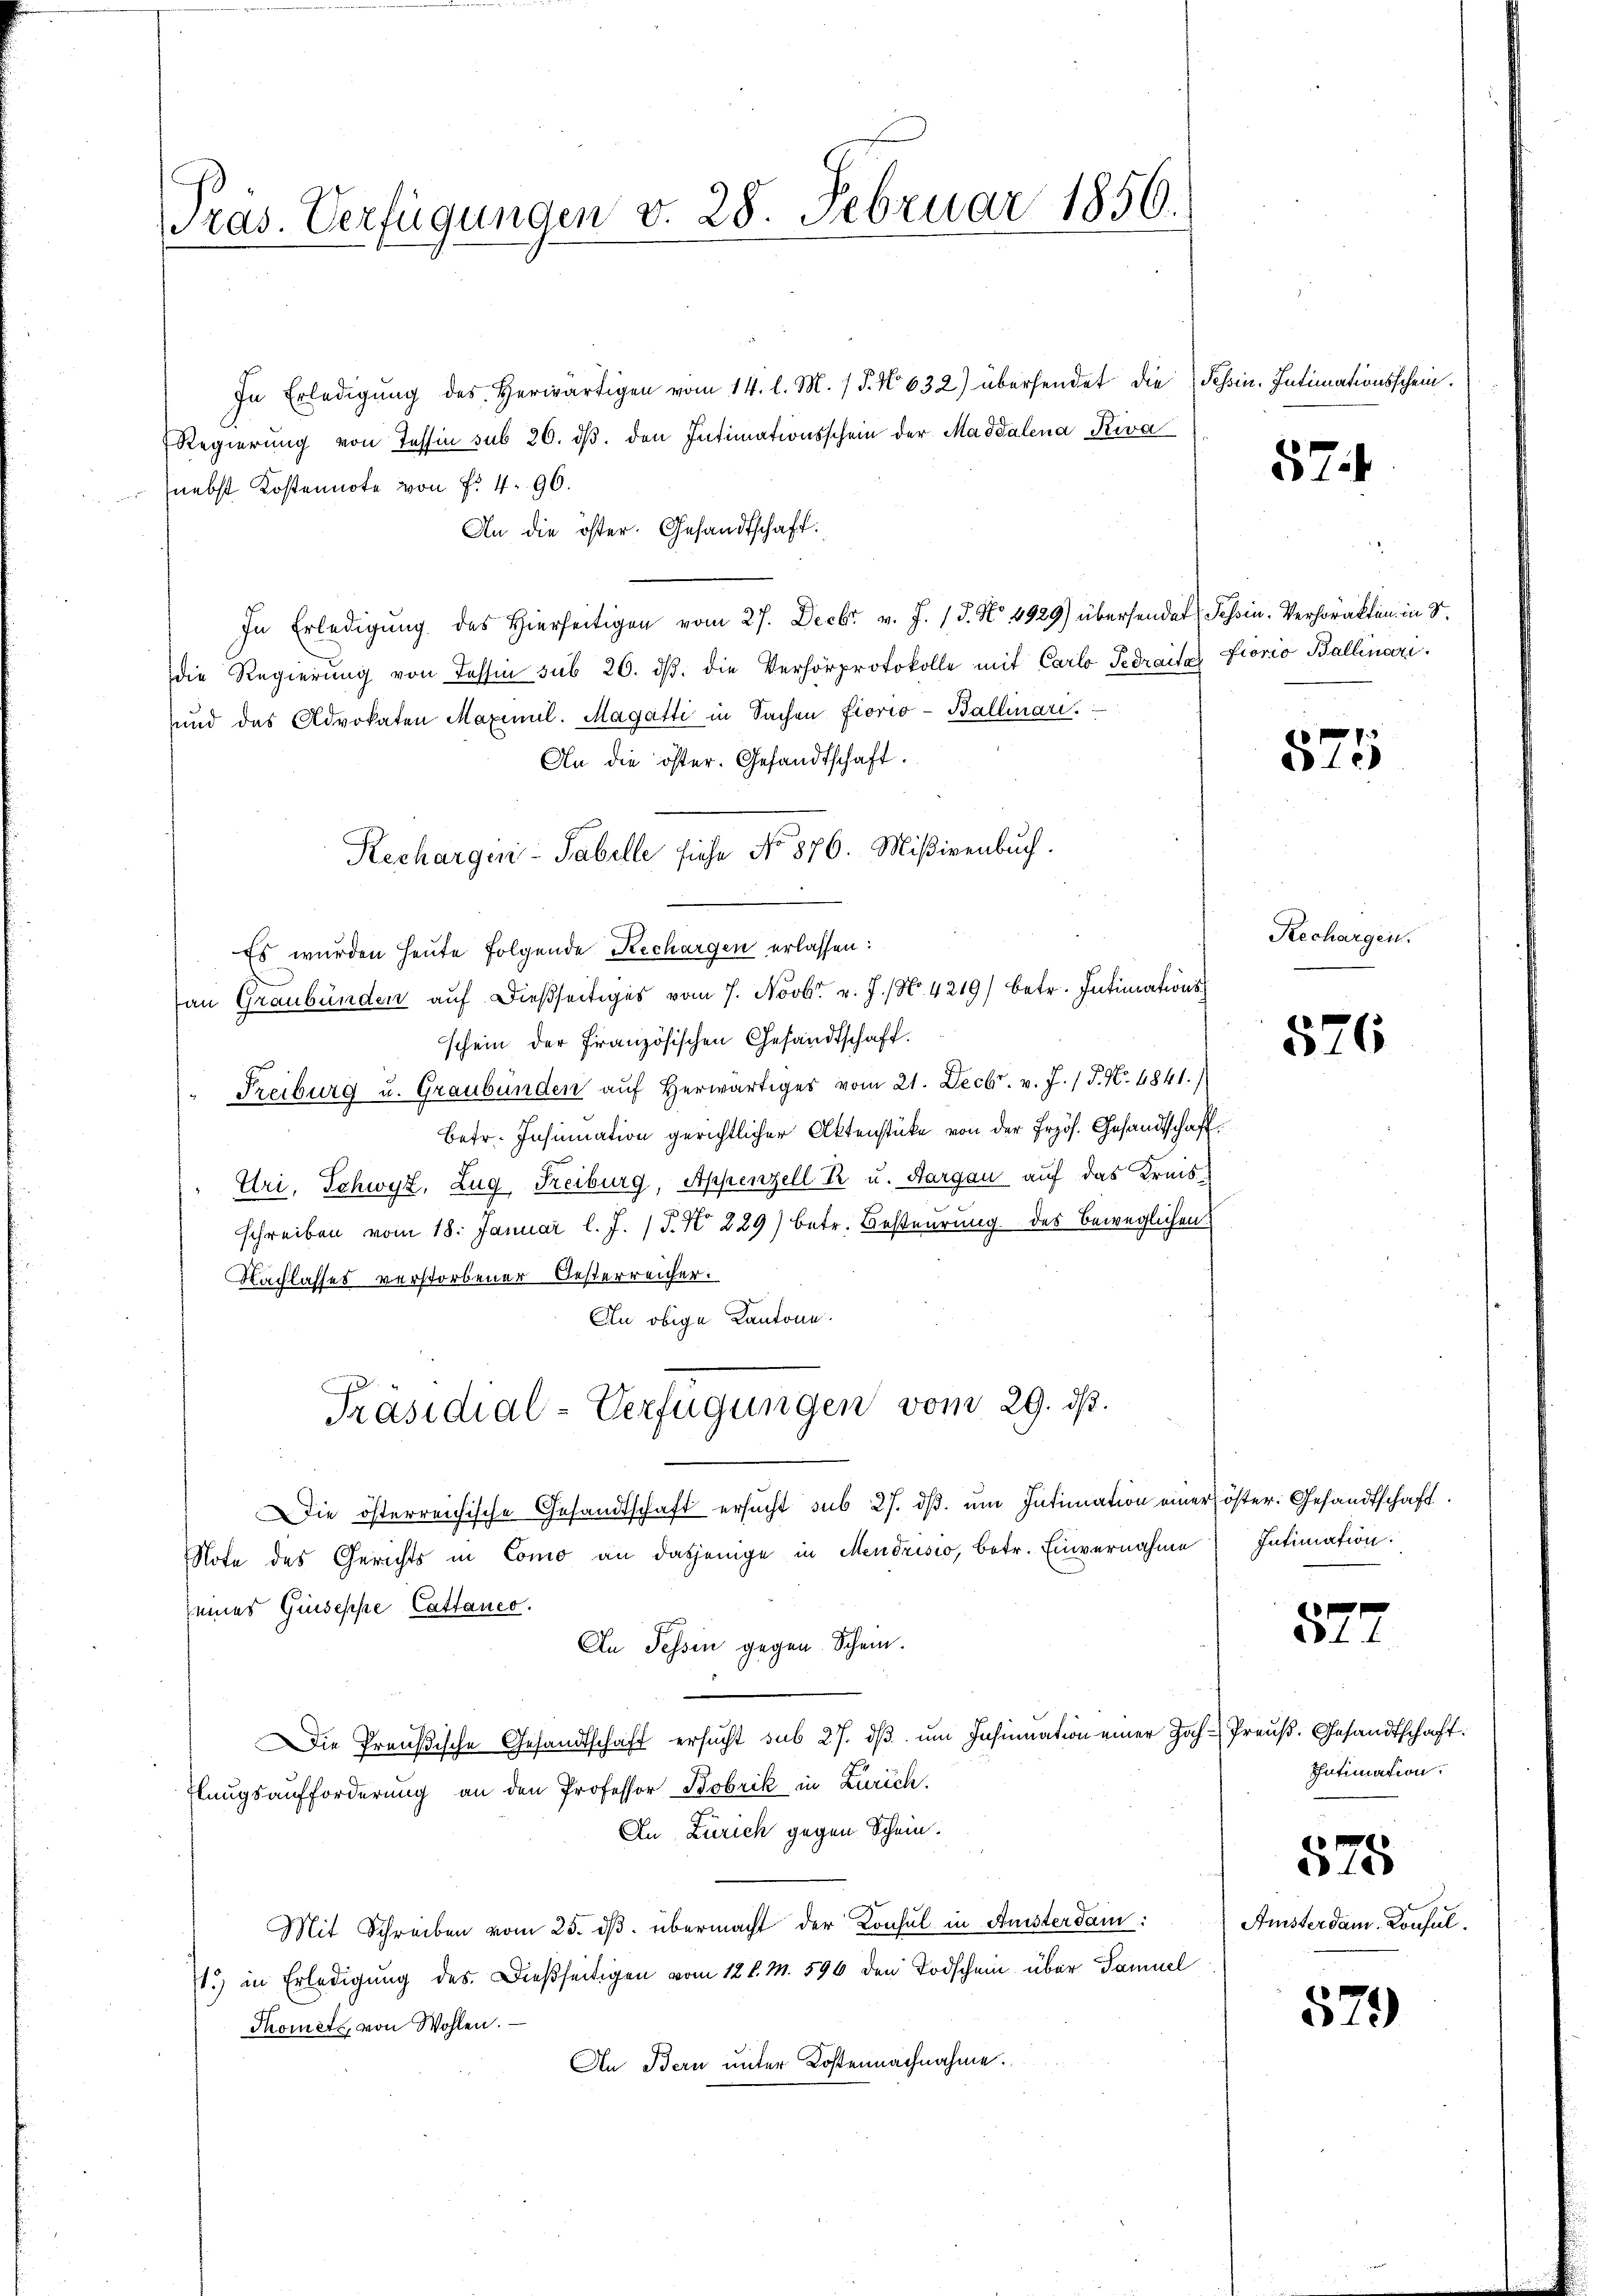
ras. Verfügungen v. 28. Februar 1856.

In Erledigŭng des herwärtigen vom 14. l. M. / 5. No 632) übersendet die Schin. Intimationsschein.
Regierung von Tessin sub 26. dβ. den Intimationsschein der Maddalena Riva
nebst Kostennote von Fr. 4. 96.
An die öster. Gesandtschaft.
In Erledigung des Hierseitigen vom 27. Decbr v. J. 18. No 4929) übersendet Tessin. Verhörakten in S.
die Regierung von Tessin sub 26. dβ. die Verhörprotokolle mit Carlo Tedraita Fiorio Ballinari
und das Advokaten Maximil. Magatti in Sachen Fiorio-Ballinari.
An die öster. Gesandtschaft.
Kechargen-Tabelle siehe No 876. Mißivenbuch.
Es wurden heute folgende Rechargen erlassen:
fan Graubünden auf dießseitiges vom 7. Novbr. v. J. N. 4219) betr. Intimations
schein der Französischen Gesandtschaft.
 Freiburg u. Graubünden auf herwärtiges vom 21. Decbr. v. J. / P. Nr. 4841.)
Betr. Insinuation gerichtlicher Aktenstücke von der Erzös. Gesandtschaft
Uri, Schwyz, Zug, Freiburg, Appenzell P. u. Aargau auf das Kreisschreiben vom 18. Januar l. J. (T. N 229) betr. Besteurung des beweglichen
Nachlasses verstorbener Oesterreicher.
An obige Kantone.
Präsidial-Verfügungen vom 29. ds.
Die österreichische Gesandtschaft ersucht sub 27. dβ. um Intimation eineröster. Gesandtschaft
Note des Gerichts in Como an dasjenige in Mendrisio, betr. Einvernahme Intimation.
seines Guseppe Cattanco.
An Tessin gegen Schein.
Die Preußische Gesandtschaft ersucht sub 27. dβ um Insinuation einer Hoch-Preuß. Gesandtschaft.
Feugsaufforderung an den Professor Bobrik in Zürich,
An Zürich gegen Schein.
Mit Schreiben vom 25. dβ. übermacht der Konsul in Anster dam
11.) in Erledigung des Dießseitigen vom 12 l. M. 596 den Todschein über Samuel
Thonett, von Wohlen.
An Bern unter Kostennachnahme.

57

875

Rechargen.

576

577

Intimation.

10

Amsterdam. Konsul

579)